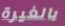
بالغيرة